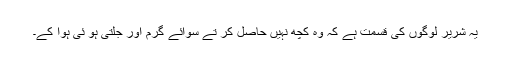
یہ شریر لوگوں کی قسمت ہے کہ وہ کچھ نہیں حاصل کر تے سوائے گرم اور جلتی ہو ئی ہوا کے۔